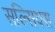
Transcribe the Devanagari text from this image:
सल्सियस